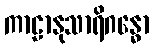
ကာဠာနုသာရိဂန္ဓော